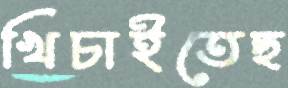
খিচাইতেছ